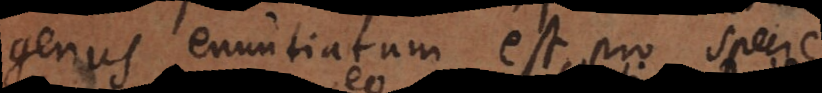
genus enuntiatum est pro specie,